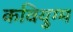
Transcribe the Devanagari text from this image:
कवियुग्म